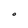
Character: O